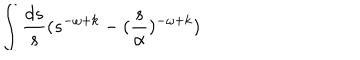
\int { \frac { d s } { s } } ( s ^ { - \omega + k } - ( { \frac { s } { \alpha } } ) ^ { - \omega + k } )